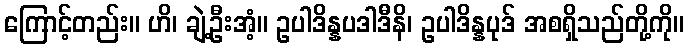
ကြောင့်တည်း။ ဟိ၊ ချဲ့ဦးအံ့။ ဥပါဒိန္နပဒါဒီနိ၊ ဥပါဒိန္နပုဒ် အစရှိသည်တို့ကို။